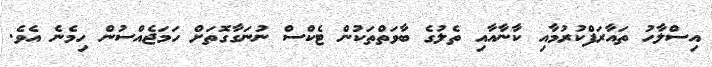
އިސްލާހު ތައާރަފްކުރުމާއި ކާނާއާއި ތެލުގެ ބާވަތްތަކުން ޓެކްސް ނުނަގާގޮތަށް ހަމަޖެއްސުން ހިމެނެ އެވެ.